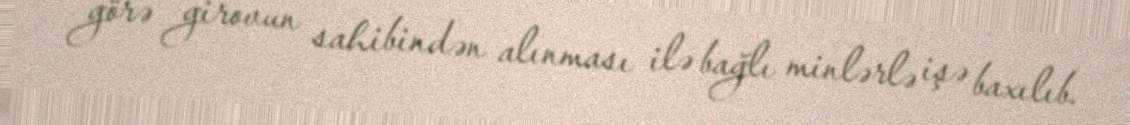
görə girovun sahibindən alınması ilə bağlı minlərlə işə baxılıb.